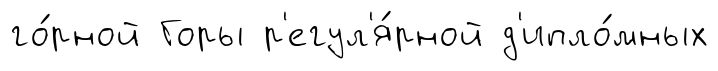
го́рной Горы р'егул'я́рной д'ипло́мных